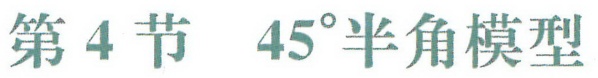
第4节 \(45^{\circ}\)半角模型